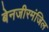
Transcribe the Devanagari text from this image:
बेनजीरमंजिल